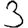
Digit: 3